Report on sanitation, dispensaries, and jails in Rajputana for 1911, and on vaccination for the year 1911-1912 - 1911-1912
Year: 1911
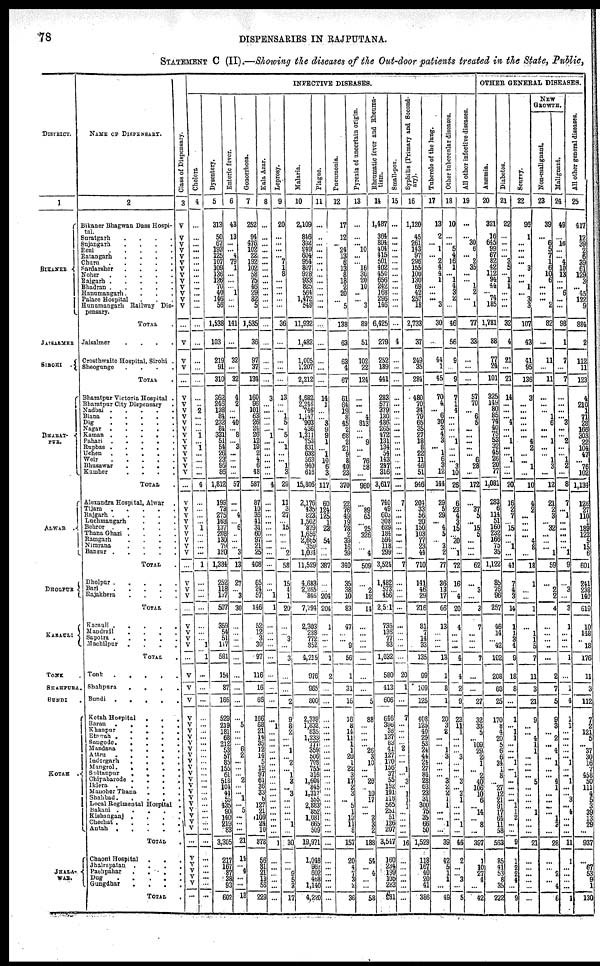
78
DISPENSARIES IN RAJPUTANA.
STATEMENT C (II).—Showing the diseases of the Out-door patients treated in the State, Public,
DISTRICT.
1
BIKANER
JAISALMER
SIROHI
.
BHARAT-
PUR.
ALWAR
.
DHOLPUR
KARAULI
TONK
SHAHPURA.
BUNDI .
KOTAH
JHALA-
WAR.
NAME OF DISPENSARY.
2
Bikaner Bhagwan Dass Hospi-
tal.
Suratgarh . . . . . . .
Sujangarh . . . . . . . .
Reni . . . . . . . .
Ratangarh . . . . . . . . .
Churu . . . . . . . . .
Sardarsher . . . . . . .
Noher . . . . . . . .
Rajgarh
.
.
.
.
.
.
Bhadran
.
.
.
.
.
.
Hanumangarh. . . . . .. .
Palace Hospital . . . . . . .
Hunumangarh Railway Dis-
pensary.
TOTAL .
Jaisalmer . . . . . . . .
Crosthwaite Hospital, Sirohi .
Sheogunge . . . . . . .
TOTAL .
Bharatpur Victoria Hospital .
Bharatpur City Dispensary .
Nadbai
.
.
.
.
.
.
Biana . . . . . . .
Dig . . . . . . . . .
Nagar . . . . . . . .
Kaman . . . . . . . .
Pahari
.
.
.
.
.
.
Rupbas . . . . . . .
Uchen . . . . . . . .
Weir . . . . . . . . .
Bhusawar . . . . . . . . .
Kumher . . . . . . . . .
TOTAL .
Alexandra Hospital, Alwar . .
Tijara . . . . . . . .
Rajgarh
.
.
.
.
.
.
Luchmangarh . . . . . .
Behror . . . . . . . .
Thana Ghazi . . . . . .
Ramgarh . . . . . . .
Nimrana . . . . . . .
Bansur . . . . . . .
TOTAL .
Dholpur . . . . . . .
Bari . . . . . . . . .
Rajakhera . . . . . . .
TOTAL .
Karauli . . . . . . . . .
Mandrail . . . . . . . .
Sapotra . . . . . . . . .
Machilpur . . . . . . . .
TOTAL .
Tonk . . . . . . . .
Shahpura . . . . . . . . . .
Bundi . . . . . . .
Kotah Hospital . . . . . .
Baran . . . . . . .
Khanpur . . . . . . . .
Etawah . . . . . . .
Sangode . . . . . . .
Mandana . . . . . . .
Attru . . . . .
Indergarh . . . . . .
Mangrol . . . . . . .
Sultanpur . . . . . .
Chipabarode . . . . . . .
Iklera . . . . . . .
Manoher Thana . . . .
Shahbad . . . .
Local Regimental Hospital .
Bakani
.
.
.
.
.
Kishanganj
.
.
.
.
Chechat
.
.
.
.
.
Antah
.
.
.
.
.
.
TOTAL .
Chaoni Hospital . . .
Jhalrapatan . . . . .
Pachpahar . . . . . .
Dug
.
.
.
.
.
Gungdhar
.
.
.
.
TOTAL .
Class of Dispensary.
3
V
V
V
V
V
V
V
V
V
V
V
V
V
...
V
V
V
...
V
V
V
V
V
V
V
V
V
V
V
V
V
...
V
V
V
V
V
V
V
V
V
...
V
V
V
...
V
V
V
V
...
V
V
V
V
V
V
V
V
V
V
V
V
V
V
V
V
V
V
V
V
V
V
...
V
V
V
V V
...
INFECTIVE DISEASES.
Cholera
4
...
...
...
...
...
...
...
...
...
...
...
...
...
...
...
...
...
...
...
...
2
...
...
... 1
... 1
...
...
...
...
4
...
...
...
... 1
...
...
...
...
1
...
...
...
...
...
...
... 1
1
...
...
...
...
...
...
...
...
...
...
...
...
...
...
...
...
... ...
...
...
...
...
...
...
...
...
...
...
...
Dysentery.
5
313
50
67
193
125
107
109 136
126
70
40
146
56
1,538
103
219
91
310
362
246
138
84
232
84
331
51
54
26
23
95
86
1,812
199
73
275
163
137
208
130
79
120
1,384
252
118
137
507
359
54
51
117
581
154
87
166
529
219
181
68
212
53
57
85
155
61
518
104
41
55
435
90
140
219
83
3,305
217
167
87
38
93
602
Enteric fever.
6
43
13
...
... 4
79
1
...
...
... 1
...
...
141
...
32
...
32
4
2
...
... 40
... 8
... 3
...
...
...
...
57
...
... 4
... 6
...
...
... 3
13
27
... 3
30
...
...
...
...
...
...
...
...
...
5
...
...
... 6
2
...
...
... 2
...
... 1
...
5
...
...
...
21
14
... 4
...
...
18
Gonorrhoea.
7
252
94
476
102
22
192
102
58
75
46
29
82
5
1,535
36
97
37
134
160
96
101
63
26
24
26
12
19
2
4
6
48
587
87
10
36
41
31
60
97
21
25
408
65
24
57
146
52
12
3
30
97
116
16
66
166
68
21
14
35
12
14
5
19
97
61
36
33
6
127
21
109
24
10
878
56
81
21
13
58
229
Kala Azar.
8
...
...
...
...
...
...
...
...
...
...
...
...
...
...
...
...
...
...
3
...
...
...
...
... 1
...
...
...
...
...
...
4
...
...
...
...
...
...
...
...
...
...
...
... 1
1
...
...
...
...
...
...
...
...
...
1
...
...
...
...
...
...
...
...
...
...
...
... ...
...
...
...
...
1
...
...
...
...
...
...
Leprosy.
9
20
...
...
...
... 7
1
8
...
...
...
...
...
36
...
...
...
...
13
...
... 1
5
... 5
... 1
...
... 1
3
29
11
3
27
...
15
...
...
... 2
58
15
4
1
20
...
... 3
...
3
...
...
2
9
8
2
...
... 1
... 2
... 1
3
... 3
... ...
...
... 1
...
30
...
... 9
5
3
17
Malaria.
10
2,109
846
392
949
604
954
807
928
933
825
564
1,472
549
11,932
1,482
1,005
1,207
2,212
4,682
2246
746
1,147
903
436
1,311
753
831
632
563
940
616
15,806
2,176
435
823
1,502
879
1,656
2,665
359
1,034
11,529
4,683
2,265
846
7,794
2,303
288
772
852
4,215
976
965
300
2,339
1,832
835
1,233
777
359
506
708
755
316
1,604
845
1,317
555
2,883
852
1,081
665
509
19,971
1,048
962
602
468
1,140
4,220
Plague.
11
...
...
...
...
...
...
...
...
...
...
...
...
...
...
...
...
...
...
14
1
...
... 3
9
9
1
... 1
10 6
3
117
60
124
125
1
23
54
...
...
387
...
... 204
204
1
...
...
...
1
2
...
...
...
...
...
...
...
...
...
...
...
...
...
...
...
... ...
...
...
...
...
...
...
...
...
...
...
...
Pneumonia.
12
17
12
... 24
13
6
13
8
18
2
20
... 5
138
63
63
4
67
61
64
19
8
45
2
68
2
21
9
8
40
23
370
22
76
49
19
78
2
39
16
39
340
35
38
10
83
47
...
... 9
56
1
31
16
16
8
14
11
1
1
20
1
22 3
17
2
3
... 5
1
13
11
8
157
20
4
7
3
2
36
Pyrexia of uncertain origin.
13
...
...
... 10
...
... 16
30
20
10
...
... 3
89
51
102
22
124
...
...
... 4
813
...
... 9
...
... 76
58
...
960
...
89
65
... 25
326
...
... 4
509
...
2
12
14
...
...
...
...
...
...
...
5
88
...
...
...
... 26
3
10
...
... 26
10
17
...
... 3
3 2
188
54
... 4
...
...
58
Rheumatic fever and Rheuma-
tism.
14
1,487
364
894
404
415
501
402
450
656
242
168
296
146
6,425
279
252
189
441
283
577
379
130
486
265
472
131
134
54
143
247
316
3,617
740
49
603
308
629
184
594
118
299
3,524
1,482
573
456
2,591
736
136
77
83
1,032
580
413
606
646
396
38
137
83
41
127
170
156
37
55
152
191
118
565
251
51
126
207
3,547
160
234
199
105
283
981
Small-pox.
15
...
...
...
...
...
...
...
...
...
...
...
...
...
...
4
...
...
...
...
...
...
...
...
...
...
...
...
...
...
...
...
...
7
...
...
...
...
...
...
...
...
7
...
...
...
...
...
...
...
...
...
20
1
...
7
...
...
...
... 2
...
... 1
... 3
... 1
1
1
...
...
...
...
16
...
...
...
...
...
...
Syphilis (Primary and Second-
ary).
16
1,120
45
261
143
97
296
155
100
130
69
42
257
18
2,733
37
249
35
284
480
70
34
79
65
35
27
18
8
22
11
46
51
946
204
33
56
20
150
103
77
23
44
710
141
46
29
216
81
7
14
33
135
99
109
125
408
125
40
29
53
24
44
24
27
84
28
63
23
31
300
75
35
66
50
1,529
118
167
40
20
41
386
Tubercle of the lung.
17
13
2
... 1
... 2
4
4
1
...
...
... 3
30
...
44
1
45
70
4
... 6
30
3
4
3
... 1
6
3
12
144
29
5
29
... 4
5
... 3
2
77
36
13
17
66
13
...
...
...
13
1
8
1
20
3
2
...
... 1
3
...
...
... 3
2
2
1
1
...
... 1
...
39
42
5
1
1
...
49
Other tubercular diseases.
18
10
...
... 5
4
16
1
... 1
4
3
2
...
46
56
9
...
9
7
1
4
...
...
...
... 1
...
...
... 3
10
26
6
23
4
3
15
... 20
... 1
72
16
... 4
20
4
...
...
...
4
4
2
9
23
11
1
...
...
... 3
...
...
... 3
... 3
1
...
...
... 1
...
46
2
...
... 3
...
5
All other infective diseases.
19
...
...
30
6
... 2
35
...
... 1
2
... 1
77
33
...
...
...
57
70
... 6
5
...
...
...
...
... 6
28
172
...
37
5
... 15
5
...
...
...
62
...
3
...
3
7
...
...
...
7
...
...
27
32
33
5
... 109
29
2
1
... 2
40
106
10
6
...
14
... 8
...
397
1
10
27
4
...
42
OTHER GENERAL DISEASES.
Anæmia.
20
321
16
645
99
67
82
42
112
94
44
... 74
185
1,781
88
77
24
101
325
149
80
85
74
40
75
53
32
45
26
20
77
1,081
283
6
114
51
160
232
166
75
35
1,122
85
76
96
257
46
14
... 42
102
208
63
25
170
8
4
20
5
6
6
34
1
8
... 27
12
21
91
17
64
11
58
563
85
41
53
8
35
222
Diabetes.
21
22
...
...
...
... 3
5
... 1
1
...
...
...
32
4
21
...
21
14
...
...
... 4
...
... 1
...
... 1
...
...
20
16
9
7
... 15
...
... 1
...
41
7
4
3
14
1
1
3
4
9
18
8
...
1
... 1
1
...
...
... 1
... 1
...
...
...
... 1
1
2
...
...
9
1
2
2
4
...
9
Scurvy.
22
96
1
...
...
...
... 3
...
... 1
... 3
3
107
43
41
95
136
3
...
...
...
...
...
... 4
2
...
... 1
...
10
4
2
...
...
...
... 4
8
...
18
1
...
...
1
...
1
1
5
7
11
3
21
9
...
... 4
1
1
...
...
...
... 5
...
...
... ...
1
...
...
...
21
...
...
...
...
...
...
NEW
GROWTH.
Non-malignant.
23
39
...
6
5
7
1
6
10
6
...
...
... 2
82
...
11
...
11
...
...
... 1
6
...
... 1
...
... 1
3
...
12
21
2
3
... 32
...
...
... 1
59
...
2
2
4
...
...
... ...
...
2
7
5
9
3
... 2
... 4
... 1
...
... 4
1
...
... ...
... 1
3
...
28
...
... 2
... 4
6
Malignant.
24
49
...
16
...
... 4
10
13
...
... 6
...
...
98
1
7
...
7
...
...
...
... 3
...
... 2
...
... 1
2
...
8
7
... 1
...
...
...
...
... 1
9
...
3
...
3
1
...
...
...
1
...
1
4
1
1
...
...
...
...
... 1
...
... 1
...
... 3
...
4
...
...
...
11
1
...
...
...
...
1
All other general diseases.
25
417
12
39
2
6
39
61
129
3
... 45
122
9
884
2
112
11
123
4
210
1
71
28
166
303
22
104
47
... 76
102
1,134
126
27
110
1
189
122
5
15
6
601
241
238
140
619
10
148
... 18
176
11
3
112
7
2
121
5
... 37
30
16
7
458
50
111
4
5
3
39
13
29
...
937
...
67
53
9
1
130